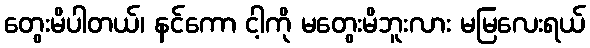
တွေးမိပါတယ်၊ နင်ကော ငါ့ကို မတွေးမိဘူးလား မမြလေးရယ်